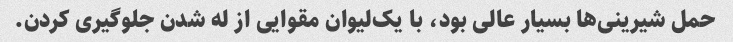
حمل شیرینی‌ها بسیار عالی بود، با یک‌لیوان مقوایی از له شدن جلوگیری کردن.